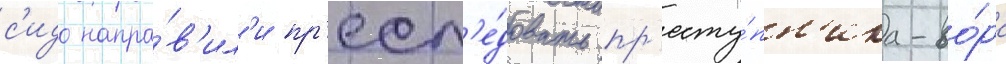
с'идо напра́в'ил'и пр'есл'е́довать пр'есту́пн'ика-во́ра